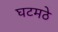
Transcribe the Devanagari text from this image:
घटमठे